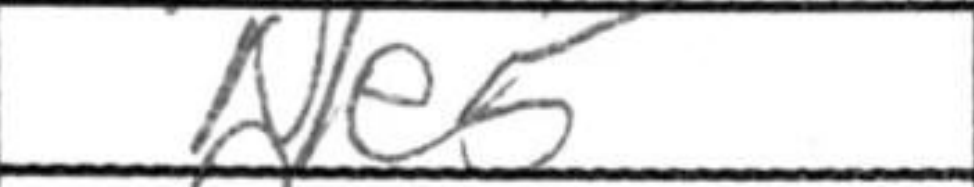
Transcription: Ne5